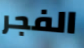
الفجر